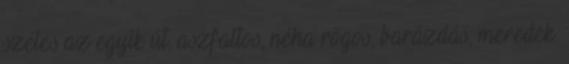
széles az egyik út, aszfaltos, néha rögös, barázdás, meredek.